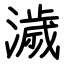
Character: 濊